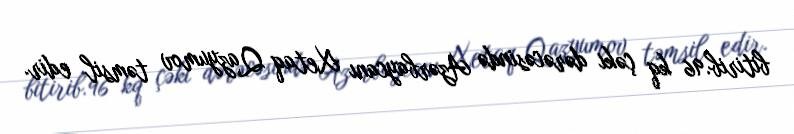
bitirib.96 kq çəki dərəcəsində Azərbaycanı Xetaq Qazyumov təmsil edir.